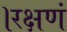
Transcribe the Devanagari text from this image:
।रक्षणं